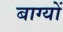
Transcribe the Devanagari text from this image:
बाग्यों